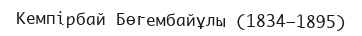
Кемпірбай Бөгембайұлы (1834—1895)